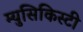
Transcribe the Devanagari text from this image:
म्युसिकिस्टी